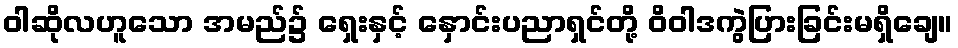
ဝါဆိုလဟူသော အမည်၌ ရှေးနှင့် နှောင်းပညာရှင်တို့ ဝိဝါဒကွဲပြားခြင်းမရှိချေ။